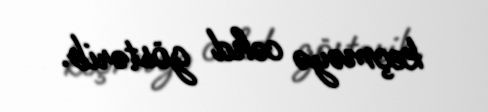
keçməyə cəhd göstərib.